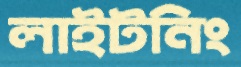
লাইটনিং